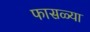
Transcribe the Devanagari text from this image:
फासळ्या